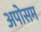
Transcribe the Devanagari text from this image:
अपोसम